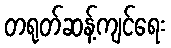
တရုတ်ဆန့်ကျင်ရေး